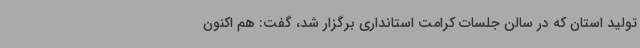
تولید استان که در سالن جلسات کرامت استانداری برگزار شد، گفت: هم اکنون